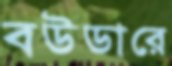
বউডারে